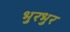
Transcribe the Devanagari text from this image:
भुरभुर